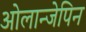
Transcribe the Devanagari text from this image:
ओलान्जेपिन